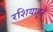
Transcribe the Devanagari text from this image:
रशियाहून